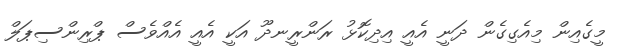
މީގެއިން މިއެގިގެން ދަނީ އެއީ އިދިކޮޅު ރަންރީނދޫ އަކީ އެއީ އެއްވެސް ޕްރިންސިޕަލް